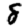
Digit: 8